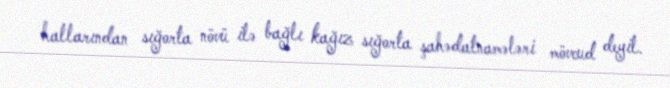
hallarından sığorta növü ilə bağlı kağız sığorta şahədatnamələri mövcud deyil.